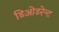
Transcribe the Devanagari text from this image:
डिओडरेन्ट